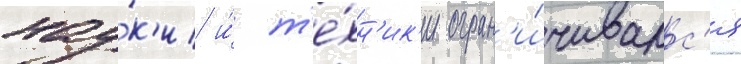
нау́к'и и́ т'е́хн'ик'и огран'и́чивалс'я